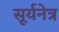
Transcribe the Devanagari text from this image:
सूर्यनेत्र